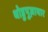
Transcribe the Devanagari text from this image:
थोडुपुज़ायार